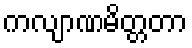
ကလျာဏမိတ္တတာ